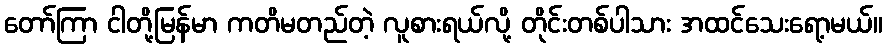
တော်ကြာ ငါတို့မြန်မာ ကတိမတည်တဲ့ လူစားရယ်လို့ တိုင်းတစ်ပါသား အထင်သေးရော့မယ်။